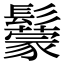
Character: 䰒